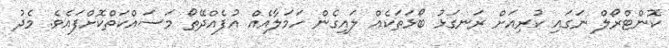
ކޮންޓްރޯލް ނަގައި ކުރިއަށް ރަނގަޅު ބޯޅަތަކެއް ލައިގެން ހަމަލާއެއް އުފެއްދޭތޯ މަސައްކަތްކޮށްފައެވެ. މެދު